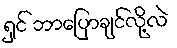
ရှင် ဘာပြောချင်လို့လဲ